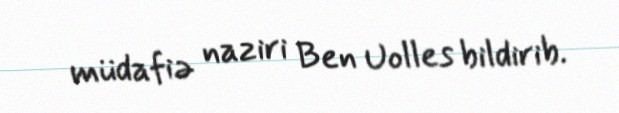
müdafiə naziri Ben Uolles bildirib.